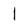
Character: I